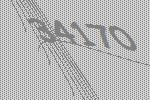
34170